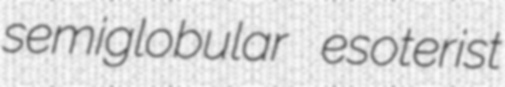
semiglobular esoterist